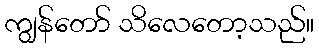
ကျွန်တော် သိလေတော့သည်။